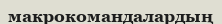
макрокомандалардың